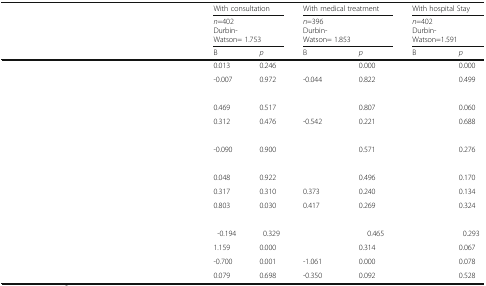
<table><thead><tr><td rowspan="3">[EMPTY_CELL]</td><td colspan="2"><b>With consultation</b></td><td colspan="2"><b>With medical treatment</b></td><td colspan="2"><b>With hospital Stay</b></td></tr><tr><td colspan="2"><b><i>n</i>=402Durbin-Watson= 1.753</b></td><td colspan="2"><b><i>n</i>=396Durbin-Watson= 1.853</b></td><td colspan="2"><b><i>n</i>=402Durbin-Watson=1.591</b></td></tr><tr><td><b>B</b></td><td><b><i>p</i></b></td><td><b>B</b></td><td><b><i>p</i></b></td><td><b>B</b></td><td><b><i>p</i></b></td></tr></thead><tbody><tr><td>[EMPTY_CELL]</td><td>0.013</td><td>0.246</td><td>[EMPTY_CELL]</td><td>0.000</td><td>[EMPTY_CELL]</td><td>0.000</td></tr><tr><td>[EMPTY_CELL]</td><td>-0.007</td><td>0.972</td><td>-0.044</td><td>0.822</td><td>[EMPTY_CELL]</td><td>0.499</td></tr><tr><td colspan="7">[EMPTY_CELL]</td></tr><tr><td>[EMPTY_CELL]</td><td>0.469</td><td>0.517</td><td>[EMPTY_CELL]</td><td>0.807</td><td>[EMPTY_CELL]</td><td>0.060</td></tr><tr><td>[EMPTY_CELL]</td><td>0.312</td><td>0.476</td><td>-0.542</td><td>0.221</td><td>[EMPTY_CELL]</td><td>0.688</td></tr><tr><td colspan="7">[EMPTY_CELL]</td></tr><tr><td>[EMPTY_CELL]</td><td>-0.090</td><td>0.900</td><td>[EMPTY_CELL]</td><td>0.571</td><td>[EMPTY_CELL]</td><td>0.276</td></tr><tr><td colspan="7">[EMPTY_CELL]</td></tr><tr><td>[EMPTY_CELL]</td><td>0.048</td><td>0.922</td><td>[EMPTY_CELL]</td><td>0.496</td><td>[EMPTY_CELL]</td><td>0.170</td></tr><tr><td>[EMPTY_CELL]</td><td>0.317</td><td>0.310</td><td>0.373</td><td>0.240</td><td>[EMPTY_CELL]</td><td>0.134</td></tr><tr><td>[EMPTY_CELL]</td><td>0.803</td><td>0.030</td><td>0.417</td><td>0.269</td><td>[EMPTY_CELL]</td><td>0.324</td></tr><tr><td colspan="7">[EMPTY_CELL]</td></tr><tr><td>[EMPTY_CELL]</td><td>-0.194</td><td>0.329</td><td>[EMPTY_CELL]</td><td>0.465</td><td>[EMPTY_CELL]</td><td>0.293</td></tr><tr><td>[EMPTY_CELL]</td><td>1.159</td><td>0.000</td><td>[EMPTY_CELL]</td><td>0.314</td><td>[EMPTY_CELL]</td><td>0.067</td></tr><tr><td>[EMPTY_CELL]</td><td>-0.700</td><td>0.001</td><td>-1.061</td><td>0.000</td><td>[EMPTY_CELL]</td><td>0.078</td></tr><tr><td>[EMPTY_CELL]</td><td>0.079</td><td>0.698</td><td>-0.350</td><td>0.092</td><td>[EMPTY_CELL]</td><td>0.528</td></tr></tbody></table>